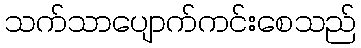
သက်သာပျောက်ကင်းစေသည်